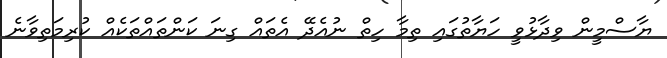
ޔާސްމީން ވިދާޅުވީ ހަޔާތުގައި ތިމާ ހިތް ނުއެދޭ އެތައް ގިނަ ކަންތައްތަކެއް ކުރިމަތިވާނެ